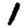
Digit: 1